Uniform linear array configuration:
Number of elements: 16
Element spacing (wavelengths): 0.5
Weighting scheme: kaiser
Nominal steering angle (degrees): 45
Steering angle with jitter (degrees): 45.7
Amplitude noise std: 0.05
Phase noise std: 0.05

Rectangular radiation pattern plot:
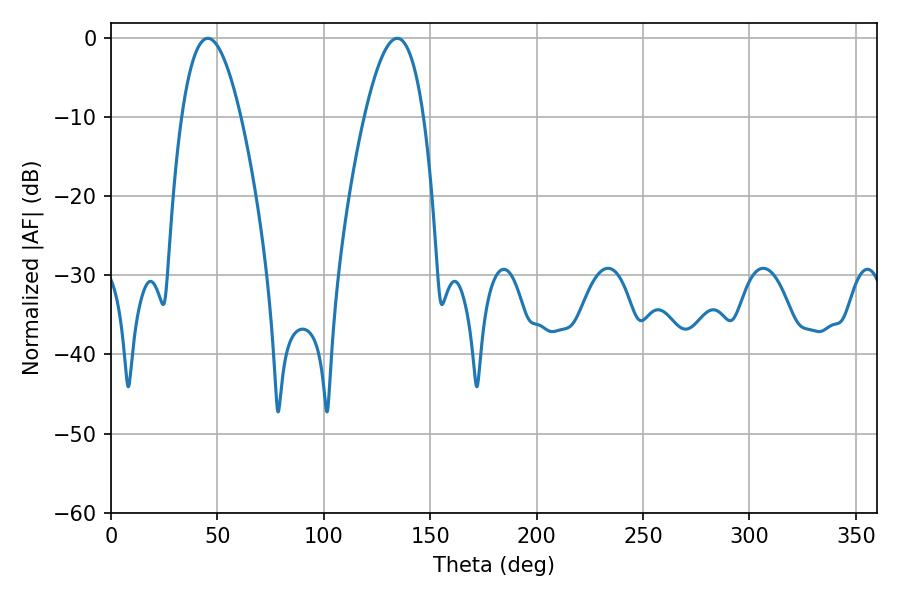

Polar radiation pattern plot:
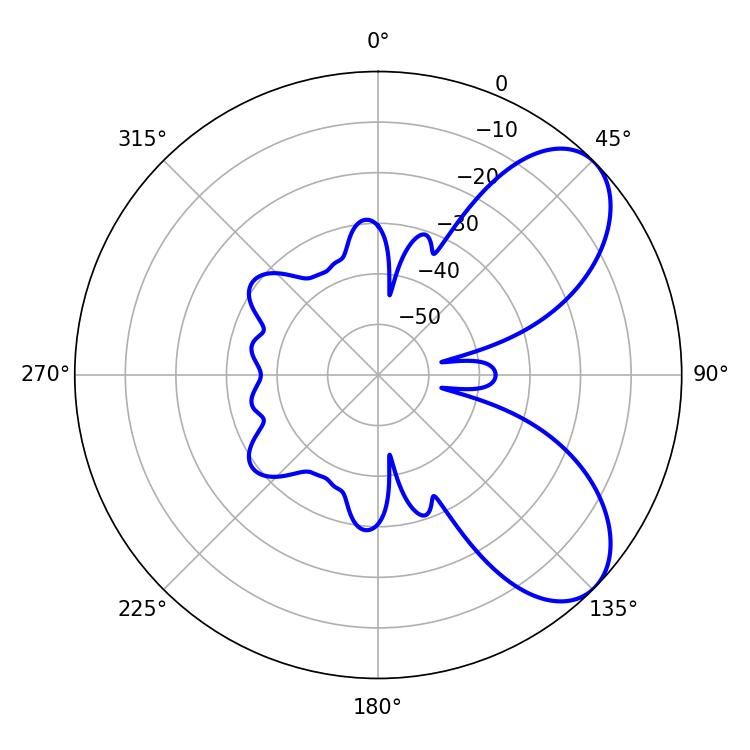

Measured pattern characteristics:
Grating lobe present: FALSE
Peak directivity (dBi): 6.876
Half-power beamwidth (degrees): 15.3
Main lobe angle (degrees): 45.54